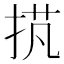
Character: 𢭾